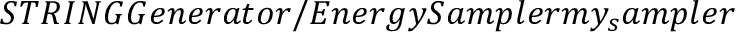
S T R I N G G e n e r a t o r / E n e r g y S a m p l e r m y _ { s } a m p l e r